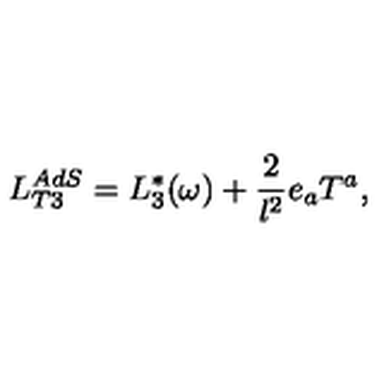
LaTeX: L _ { T 3 } ^ { A d S } = L _ { 3 } ^ { * } ( \omega ) + \frac { 2 } { l ^ { 2 } } e _ { a } T ^ { a } ,